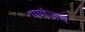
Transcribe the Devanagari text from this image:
गणंजय